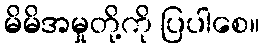
မိမိအမှုတို့ကို ပြပါစေ။